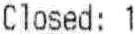
CLOSED: 1